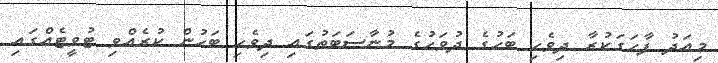
މިއަދު ފާހަގަކުރާ ދިވެހި ބަހުގެ ދުވަހުގެ މުނާސަބަތުގައި ދިވެހި ބަހުން ކުރެއްވި ޓުވީޓެއްގައި